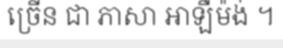
ច្រើន ជា ភាសា អាឡឺម៉ង់ ។